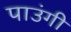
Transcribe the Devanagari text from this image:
पाउंगी